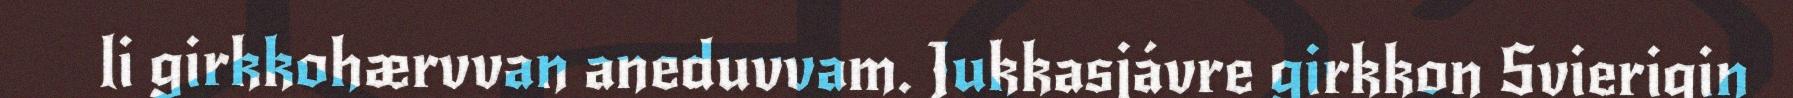
li girkkohærvvan aneduvvam. Jukkasjávre girkkon Svierigin